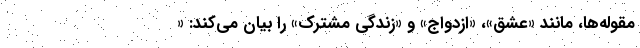
مقوله‌ها، مانند «عشق»، «ازدواج» و «زندگی مشترک» را بیان می‌کند: «